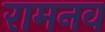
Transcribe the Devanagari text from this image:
रामनव